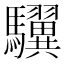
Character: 龮